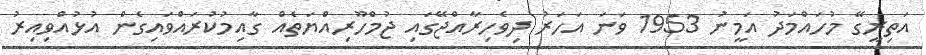
އަތިރީގޭ މުހައްމަދު އަމީނު 1953 ވަނަ އަހަރު ދިވެހިރާއްޖޭގައި ޖުމްހޫރިއްޔަތެއް ގާއިމުކުރައްވައިގެން އުޅުއްވިއިރު